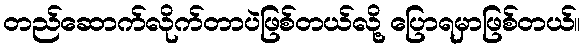
တည်ဆောက်လိုက်တာပဲဖြစ်တယ်လို့ ပြောရမှာဖြစ်တယ်။